Subject: stat
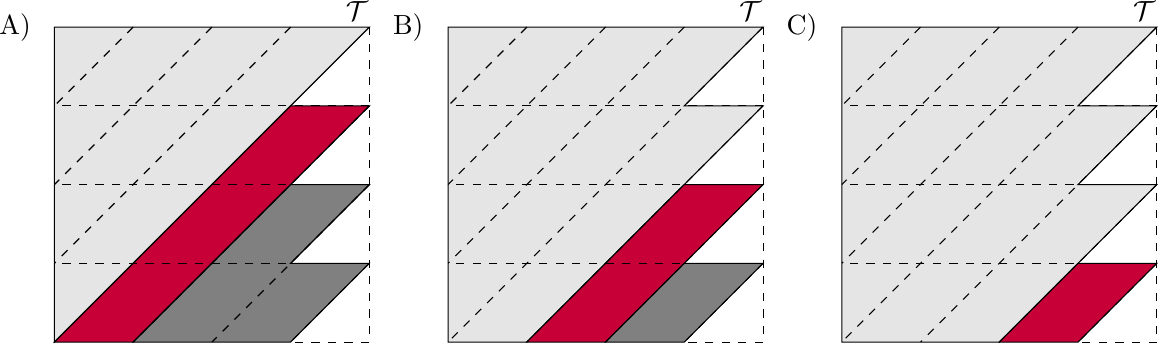
LaTeX code:
\begin{tikzpicture}
\coordinate (r0) at (0,0);
\coordinate (s0) at (0,4);
\coordinate (si) at (4,4);

\coordinate (s0l) at (4,0);
\coordinate (sil) at (4,3);
\coordinate (s1) at (1,0);
\filldraw[draw=black, fill=gray!20] (r0) -- (s0) -- (si) -- cycle;

\filldraw[draw=black, fill={rgb:red,78;green,0;blue,22}] (r0) --(3,3) -- (4,3) -- (1,0) -- cycle;

\filldraw[draw=black, fill=gray] (1,0) --(3,0) -- (4,1) -- (3,1)--(4,2)--(3,2) -- cycle;

\filldraw[draw=black, fill=gray!20] (5,0) -- (5,4) -- (9,4) -- (5+3,3) -- (5+4,3)-- (5+1,0) -- cycle;

\filldraw[draw=black, fill={rgb:red,78;green,0;blue,22}] (5+1,0) --(5+2,0) -- (5+4,2) -- (5+4,2)-- (5+3,2) -- cycle;

\filldraw[draw=black, fill=gray] (5+2,0) --(5+3,0) -- (5+4,1)--(5+3,1) -- cycle;

\filldraw[draw=black, fill=gray!20] (10+0,0) -- (10+0,4) -- (10+4,4) -- (10+3,3) -- (10+4,3)-- (10+3,2)--(10+4,2)--(10+3,1)--(10+3,1)--(10+2,0)-- cycle;

\filldraw[draw=black, fill={rgb:red,78;green,0;blue,22}] (10+2,0) --(10+3,0) -- (10+4,1) -- (10+3,1)--  cycle;

\node[text width=1cm] at (4.2,4.2)
    {$\mathcal{T}$};
\node[text width=1cm] at (5+4.2,4.2)
    {$\mathcal{T}$};
\node[text width=1cm] at (10+4.2,4.2)
    {$\mathcal{T}$};

\foreach \x in {1,2,3}{
 \draw [dashed] (4,4-\x) -- (0,4-\x);
}

\foreach \x in {1,2,3}{
 \draw [dashed] (\x,4) --  (0,4-\x);
}

\foreach \x in {1,2,3}{

 \draw [dashed] (4,\x) --  (4-\x,0);
}

\foreach \x in {1,2,3}{
 \draw [dashed] (5+4,4-\x) -- (5+0,4-\x);
}

\foreach \x in {1,2,3,4}{
 \draw [dashed] (5+\x,4) --  (5+0,4-\x);
}

\foreach \x in {1,2,3}{

 \draw [dashed] (5+4,\x) --  (5+4-\x,0);
}

\foreach \x in {1,2,3}{
 \draw [dashed] (10+4,4-\x) -- (10+0,4-\x);
}

\foreach \x in {1,2,3,4}{
 \draw [dashed] (10+\x,4) --  (10+0,4-\x);
}

\foreach \x in {1,2,3}{

 \draw [dashed] (10+4,\x) --  (10+4-\x,0);
}

\foreach \x in {0,5,10}{

\draw [dashed] (\x+4,4) --  (\x+4,0);
\draw [dashed] (\x+4,0) --  (\x+3,0);

}

\node[text width=1cm] at (-.2,4)
    {A)};
\node[text width=1cm] at (5-.2,4)
    {B)};
\node[text width=1cm] at (10-.2,4)
    {C)};

\end{tikzpicture}